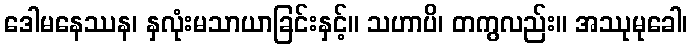
ဒေါမနေဿန၊ နှလုံးမသာယာခြင်းနှင့်။ သဟာပိ၊ တကွလည်း။ အဿုမုခေါ၊